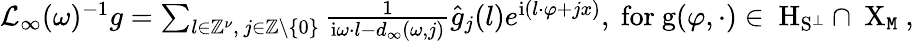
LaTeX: \begin{array}{r}{\mathcal{L}_{\infty}(\omega)^{-1}g=\sum_{l\in\mathbb{Z}^{\nu},\ j\in\mathbb{Z}\backslash\left\{ 0\right\} }\frac{1}{\mathrm{i}\omega\cdot l-d_{\infty}(\omega,j)}\widehat{g}_{j}(l)e^{\mathrm{i}(l\cdot\varphi+jx)},\mathrm{~for~g(\varphi,\cdot)\in~H_{S^\perp}\cap~X_{\mathtt{M}}~,}}\end{array}